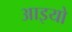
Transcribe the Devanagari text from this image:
आइयो